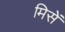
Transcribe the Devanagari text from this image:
मिसें